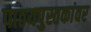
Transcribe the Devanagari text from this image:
पाठयपुस्तकांवर